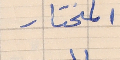
المختار